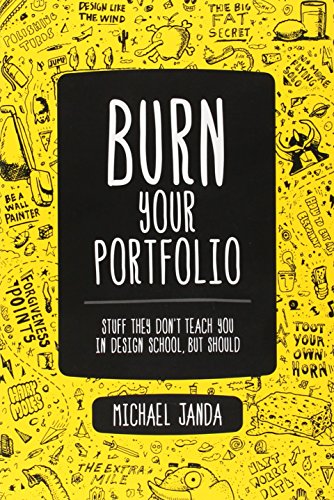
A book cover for Burn Your Portfolio: Stuff they don't teach you in design school, but should; Michael Janda; Computers & Technology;